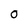
Character: o